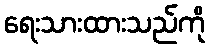
ရေးသားထားသည်ကို